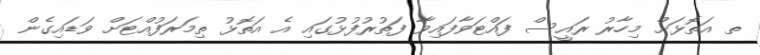
ތ އަތޮޅަށް މިހާރު ރައީސް ފައްޓަވާފައިވާ ފަތުރުފުޅުގައި އެ އަތޮޅު ތިމަރަފުއްޓަށް ވަޑައިގެން